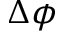
\Delta \phi